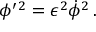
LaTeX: \phi ^ { \prime } { } ^ { 2 } = \epsilon ^ { 2 } { \dot { \phi } } ^ { 2 } \, .